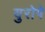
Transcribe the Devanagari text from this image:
युरोपे